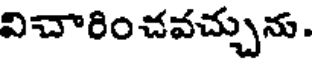
విచారించవచ్చును.